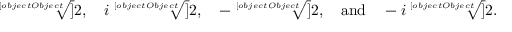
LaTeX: { \sqrt [ [object Object] ] { 2 } } , \quad i { \sqrt [ [object Object] ] { 2 } } , \quad - { \sqrt [ [object Object] ] { 2 } } , \quad { \mathrm { a n d } } \quad - i { \sqrt [ [object Object] ] { 2 } } .